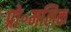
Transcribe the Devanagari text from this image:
प्रो॰मलिक